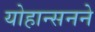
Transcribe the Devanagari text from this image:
योहान्सनने